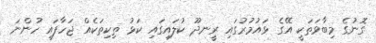
ގޮނުގެ މިބާވަތަކީ އޭގެ ޅައުމުރުގައި ރީނދޫ ކުލައިގައި ކަޅު ތިކިތަކެއް ޖަހާފައި ހުންނަ